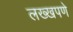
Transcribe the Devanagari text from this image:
लख्खपणे